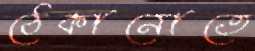
ঠেকানোতে